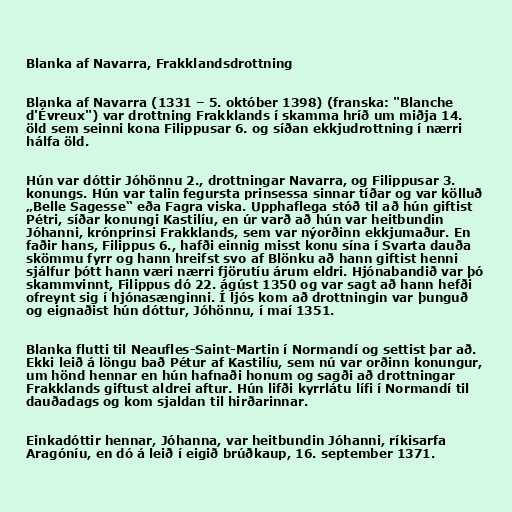
Blanka af Navarra, Frakklandsdrottning

Blanka af Navarra (1331 – 5. október 1398) (franska: "Blanche
d'Évreux") var drottning Frakklands í skamma hríð um miðja 14.
öld sem seinni kona Filippusar 6. og síðan ekkjudrottning í nærri
hálfa öld.

Hún var dóttir Jóhönnu 2., drottningar Navarra, og Filippusar 3.
konungs. Hún var talin fegursta prinsessa sinnar tíðar og var kölluð
„Belle Sagesse“ eða Fagra viska. Upphaflega stóð til að hún giftist
Pétri, síðar konungi Kastilíu, en úr varð að hún var heitbundin
Jóhanni, krónprinsi Frakklands, sem var nýorðinn ekkjumaður. En
faðir hans, Filippus 6., hafði einnig misst konu sína í Svarta dauða
skömmu fyrr og hann hreifst svo af Blönku að hann giftist henni
sjálfur þótt hann væri nærri fjörutíu árum eldri. Hjónabandið var þó
skammvinnt, Filippus dó 22. ágúst 1350 og var sagt að hann hefði
ofreynt sig í hjónasænginni. Í ljós kom að drottningin var þunguð
og eignaðist hún dóttur, Jóhönnu, í maí 1351.

Blanka flutti til Neaufles-Saint-Martin í Normandí og settist þar að.
Ekki leið á löngu bað Pétur af Kastilíu, sem nú var orðinn konungur,
um hönd hennar en hún hafnaði honum og sagði að drottningar
Frakklands giftust aldrei aftur. Hún lifði kyrrlátu lífi í Normandí til
dauðadags og kom sjaldan til hirðarinnar.

Einkadóttir hennar, Jóhanna, var heitbundin Jóhanni, ríkisarfa
Aragóníu, en dó á leið í eigið brúðkaup, 16. september 1371.